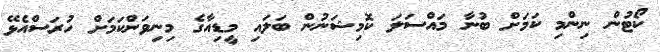
ކޯޓުން ނިންމި ކަމަށް ބުނާ މައްސަލަ ކޮމިޝަނުން ބަލައި މީޑިއާގެ މިނިވަންކަމަށް ހުރަސްއެޅޭ